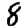
Digit: 8